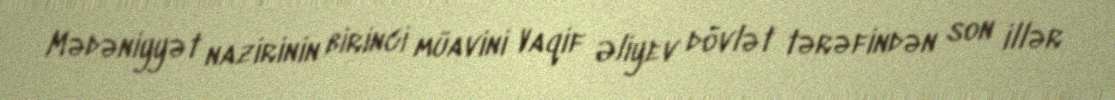
Mədəniyyət nazirinin birinci müavini Vaqif Əliyev dövlət tərəfindən son illər